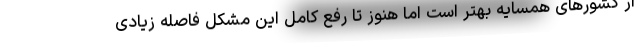
از کشورهای همسایه بهتر است اما هنوز تا رفع کامل این مشکل فاصله زیادی